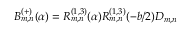
B _ { m , n } ^ { ( + ) } ( \alpha ) = R _ { m , n } ^ { ( 1 , 3 ) } ( \alpha ) R _ { m , n } ^ { ( 1 , 3 ) } ( - b / 2 ) D _ { m , n }